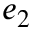
e _ { 2 }